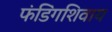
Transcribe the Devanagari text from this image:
फंडिंगशिवाय